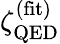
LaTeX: \zeta_{\mathrm{QED}}^{\mathrm{(fit)}}